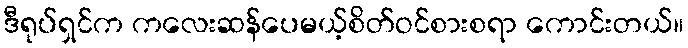
ဒီရုပ်ရှင်က ကလေးဆန်ပေမယ့်စိတ်ဝင်စားစရာ ကောင်းတယ်။